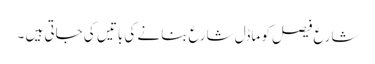
شارع فیصل کو ماڈل شارع بنانے کی باتیں کی جاتی ہیں ۔